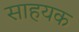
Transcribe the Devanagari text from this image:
साहयक